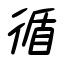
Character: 循